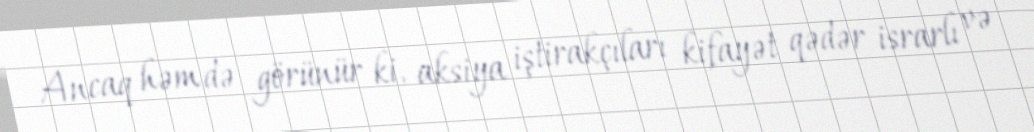
Ancaq həm də görünür ki, aksiya iştirakçıları kifayət qədər israrlı və